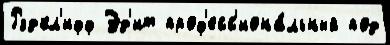
Рэдкл'ифф Эд'ит проф'есс'иона́льный под